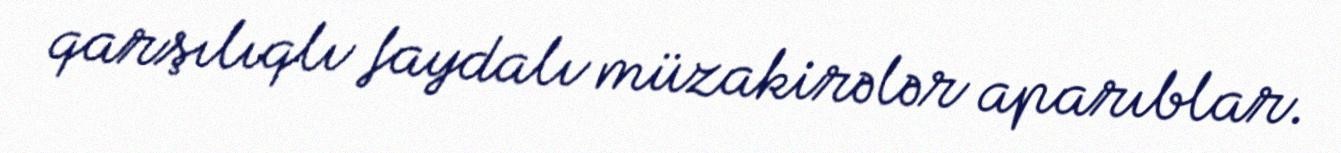
qarşılıqlı faydalı müzakirələr aparıblar.